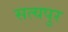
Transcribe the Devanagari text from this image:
सत्यपुर